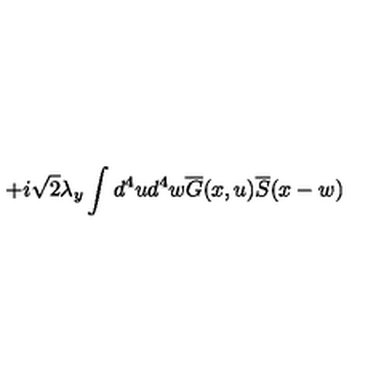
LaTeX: + i \sqrt { 2 } \lambda _ { y } \int d ^ { 4 } u d ^ { 4 } w \overline { { G } } ( x , u ) \overline { { S } } ( x - w )